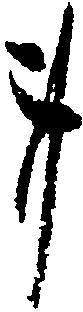
事